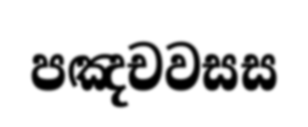
පඤචවසස